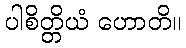
ပါစိတ္တိယံ ဟောတိ။